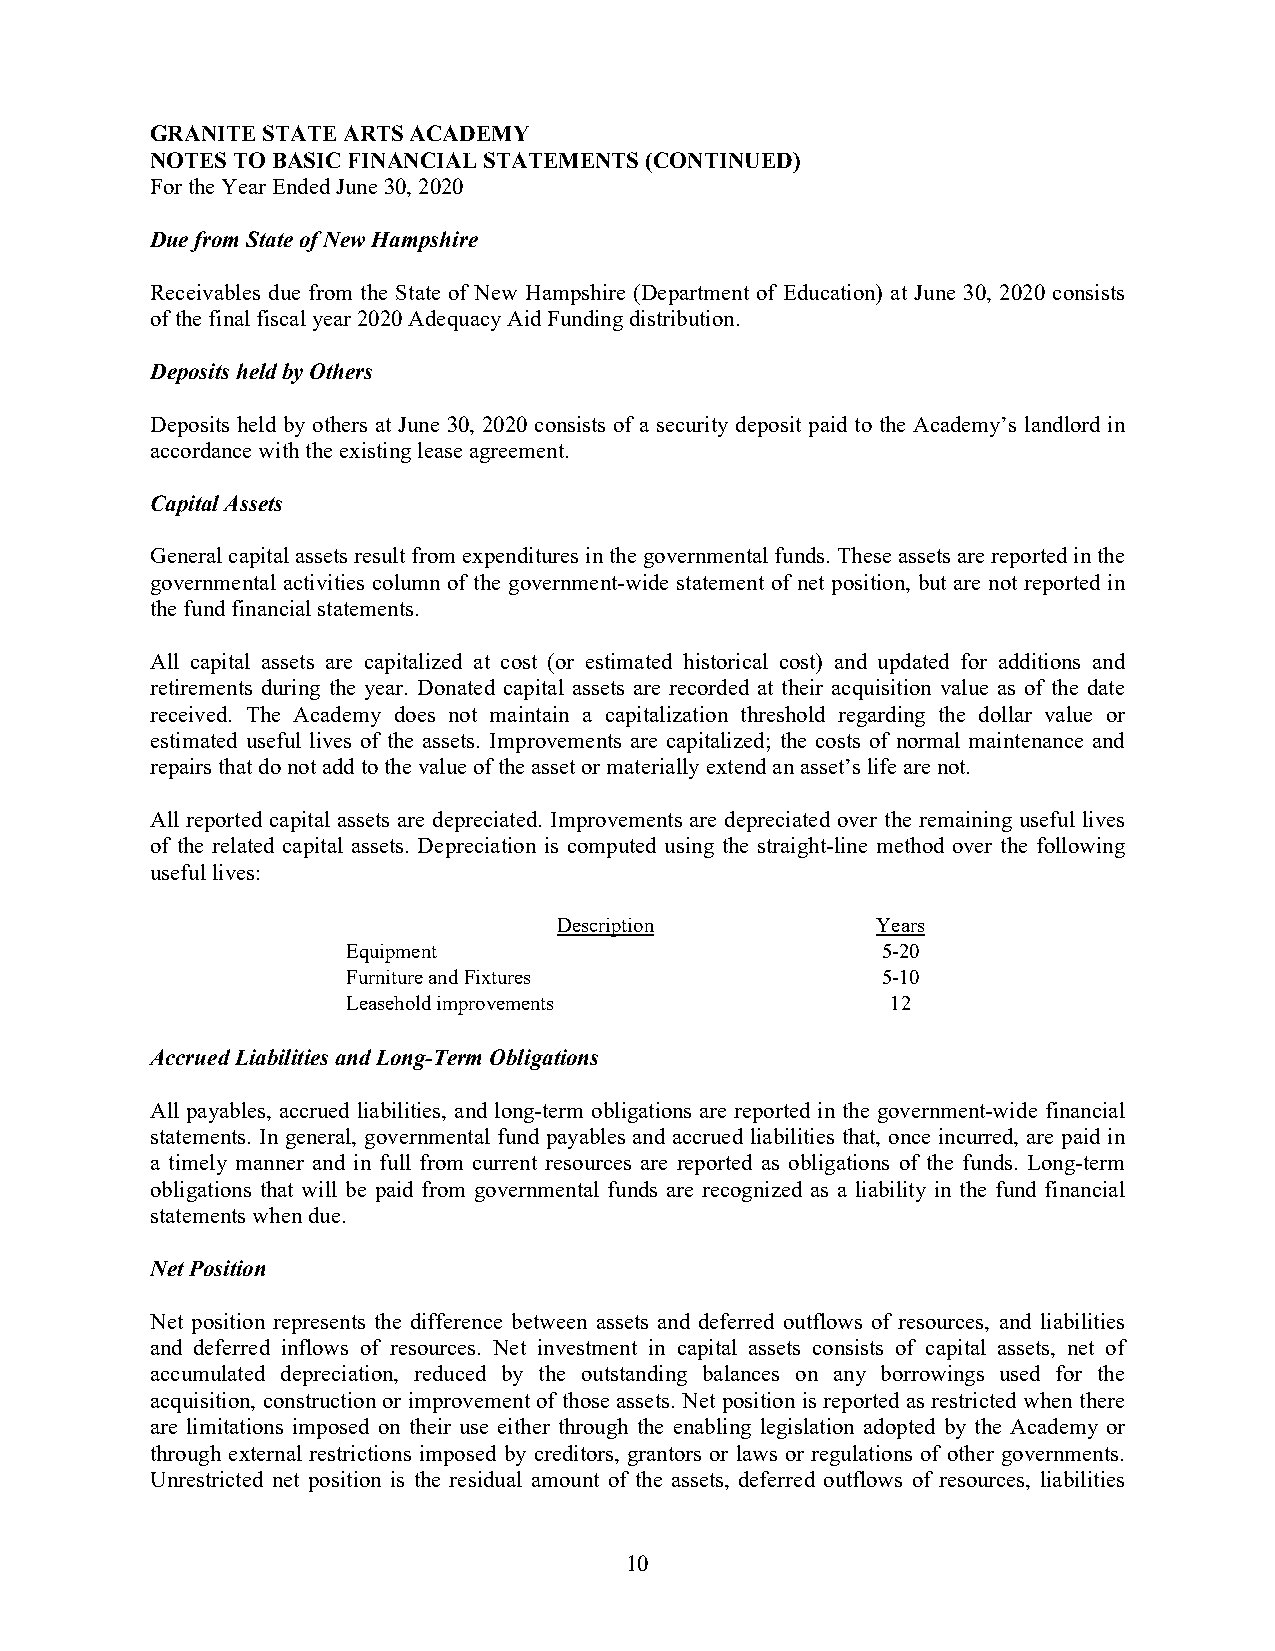
GRANITE STATE ARTS ACADEMY
 NOTES TO BASIC FINANCIAL STATEMENTS (CONTINUED)
 For the Year Ended June 30, 2020
 Due from State of New Hampshire
 Receivables due from the State of New Hampshire (Department of Education) at June 30, 2020 consists
 of the final fiscal year 2020 Adequacy Aid Funding distribution.
 Deposits held by Others
 Deposits held by others at June 30, 2020 consists of a security deposit paid to the Academy’s landlord in
 accordance with the existing lease agreement.
 Capital Assets
 General capital assets result from expenditures in the governmental funds. These assets are reported in the
 governmental activities column of the government-wide statement of net position, but are not reported in
 the fund financial statements.
 All capital assets are capitalized at cost (or estimated historical cost) and updated for additions and
 retirements during the year. Donated capital assets are recorded at their acquisition value as of the date
 received. The Academy does not maintain a capitalization threshold regarding the dollar value or
 estimated useful lives of the assets. Improvements are capitalized; the costs of normal maintenance and
 repairs that do not add to the value of the asset or materially extend an asset’s life are not.
 All reported capital assets are depreciated. Improvements are depreciated over the remaining useful lives
 of the related capital assets. Depreciation is computed using the straight-line method over the following
 useful lives:
 Description          Years
 Equipment                          5-20
 Furniture and Fixtures             5-10
 Leasehold improvements              12
 Accrued Liabilities and Long-Term Obligations
 All payables, accrued liabilities, and long-term obligations are reported in the government-wide financial
 statements. In general, governmental fund payables and accrued liabilities that, once incurred, are paid in
 a timely manner and in full from current resources are reported as obligations of the funds. Long-term
 obligations that will be paid from governmental funds are recognized as a liability in the fund financial
 statements when due.
 Net Position
 Net position represents the difference between assets and deferred outflows of resources, and liabilities
 and deferred inflows of resources. Net investment in capital assets consists of capital assets, net of
 accumulated depreciation, reduced by the outstanding balances on any borrowings used for the
 acquisition, construction or improvement of those assets. Net position is reported as restricted when there
 are limitations imposed on their use either through the enabling legislation adopted by the Academy or
 through external restrictions imposed by creditors, grantors or laws or regulations of other governments.
 Unrestricted net position is the residual amount of the assets, deferred outflows of resources, liabilities
 10